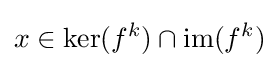
x\in \mathrm {ker} (f^{k})\cap \mathrm {im} (f^{k})